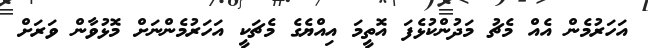
އަހަރުމެން އެއް މެޗު މަދުންކުޅެފަ އޮތީމަ އިއްޔެގެ މެޗަކީ އަހަރުމެންނަށް މޮޅުވާން ވަރަށް